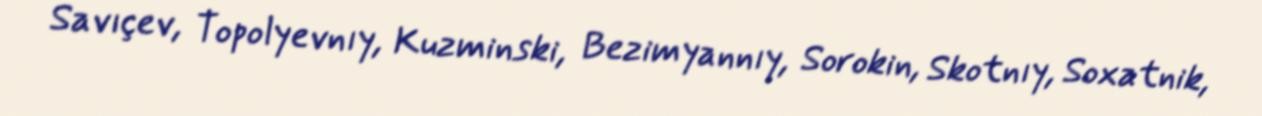
Savıçev, Topolyevnıy, Kuzminski, Bezimyannıy, Sorokin, Skotnıy, Soxatnik,